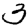
Digit: 3